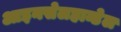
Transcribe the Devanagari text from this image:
आइनसेलहान्डेल